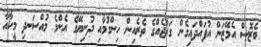
ބެޒޮސް އެމޭޒަން އުފައްދައިގެން ގަރާޖެއްގެ ތެރެއިން ހިންގުމާއި ދުނިޔޭގެ އެންމެ މުއްސަނދި މީހާއާ